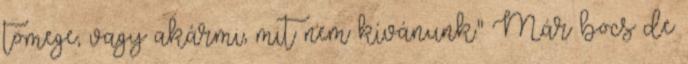
tömege, vagy akármi, mit nem kívánunk." Már bocs de